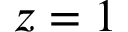
z = 1